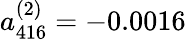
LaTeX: a_{416}^{(2)}=-0.0016